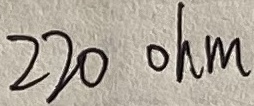
Text: 220Ω